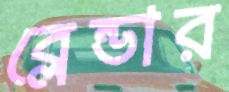
ব্লেন্ডার